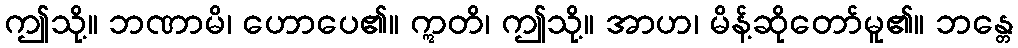
ဤသို့။ ဘဏာမိ၊ ဟောပေ၏။ ဣတိ၊ ဤသို့။ အာဟ၊ မိန့်ဆိုတော်မူ၏။ ဘန္တေ